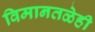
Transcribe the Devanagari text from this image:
विमानतळेही